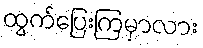
ထွက်ပြေးကြမှာလား